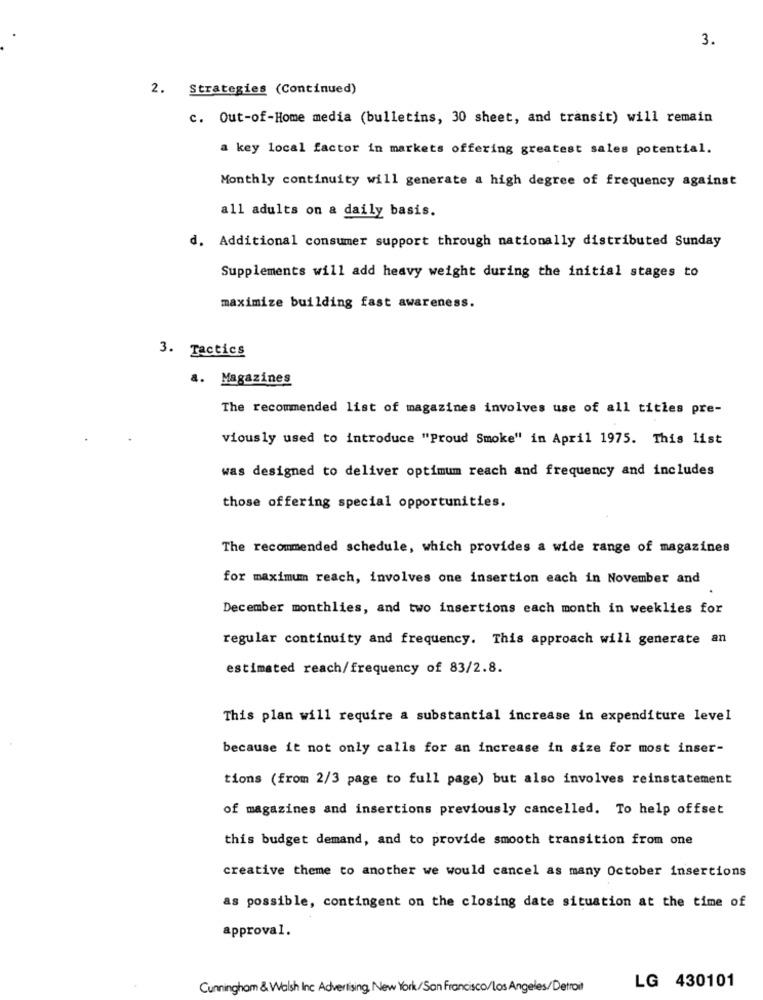
3.
2. Strategies (Continued)
c. Out-of-Home media (bulletins, 30 sheet, and transit) will remain
a key local factor in markets offering greatest sales potential.
Monthly continuity will generate a high degree of frequency against
all adults on a daily basis.
d. Additional consumer support through nationally distributed Sunday
Supplements will add heavy weight during the initial stages to
maximize building fast awareness.
3. Tactics
a. Magazines
The recommended list of magazines involves use of all titles pre-
viously used to introduce "Proud Smoke" in April 1975. This list
was designed to deliver optimum reach and frequency and includes
those offering special opportunities.
The recommended schedule, which provides a wide range of magazines
for maximum reach, involves one insertion each in November and
December monthlies, and two insertions each month in weeklies for
regular continuity and frequency. This approach will generate an
estimated reach/frequency of 83/2.8.
This plan will require a substantial increase in expenditure level
because it not only calls for an increase in size for most inser-
tions (from 2/3 page to full page) but also involves reinstatement
of magazines and insertions previously cancelled. To help offset
this budget demand, and to provide smooth transition from one
creative theme to another we would cancel as many October insertions
as possible, contingent on the closing date situation at the time of
approval.
Cunningham & Walsh Inc Advertising, New York/San Francisco/los Angeles/Detroit
LG 430101